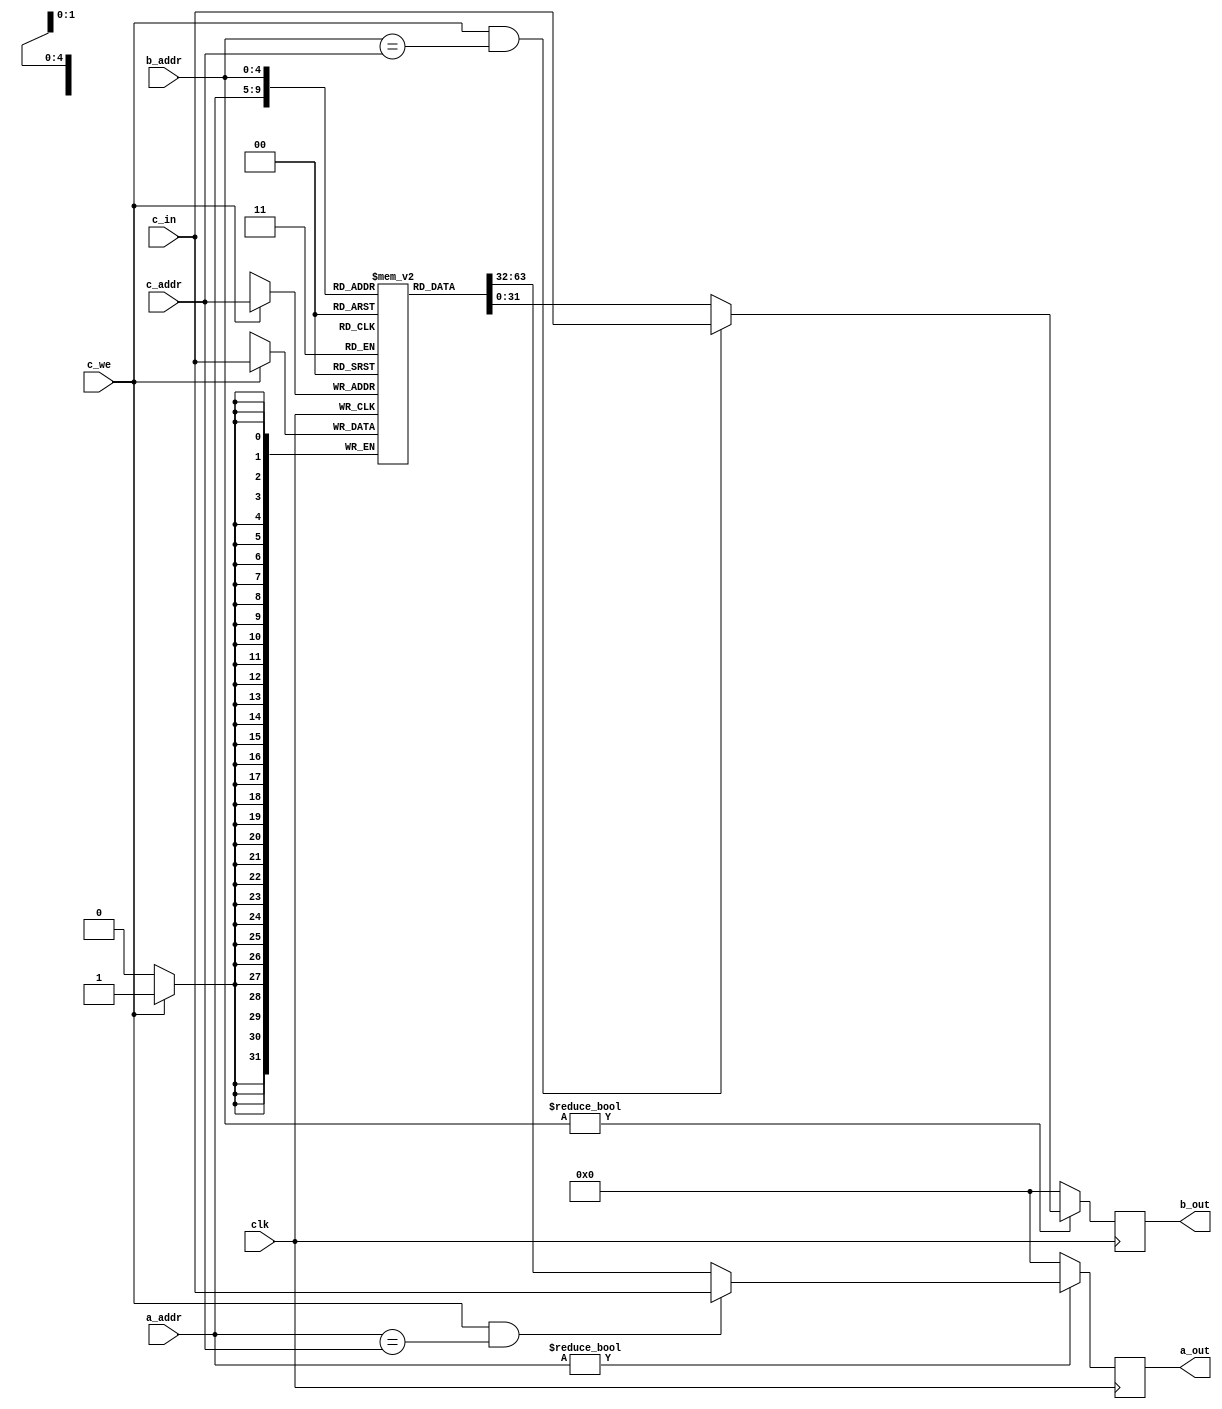
`timescale 1ns / 1ps

module Regs(
    input clk,
    input [4:0]a_addr,
    output reg [31:0]a_out,
    input [4:0]b_addr,
    output reg [31:0]b_out,
    input [4:0]c_addr,
    input c_we,
    input [31:0]c_in
);

reg [31:0]r[31:0];

always@(posedge clk) begin
    a_out <= a_addr ? ((c_we && a_addr == c_addr) ? c_in : r[a_addr]) : 0;
    b_out <= b_addr ? ((c_we && b_addr == c_addr) ? c_in : r[b_addr]) : 0;
    if(c_we)
        r[c_addr] <= c_in;
end

endmodule